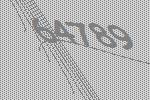
64789